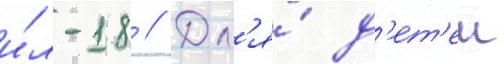
и́л-18 // Дл'я́ д'ет'еи